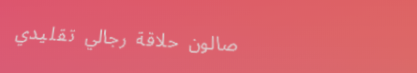
صالون حلاقة رجالي تقليدي